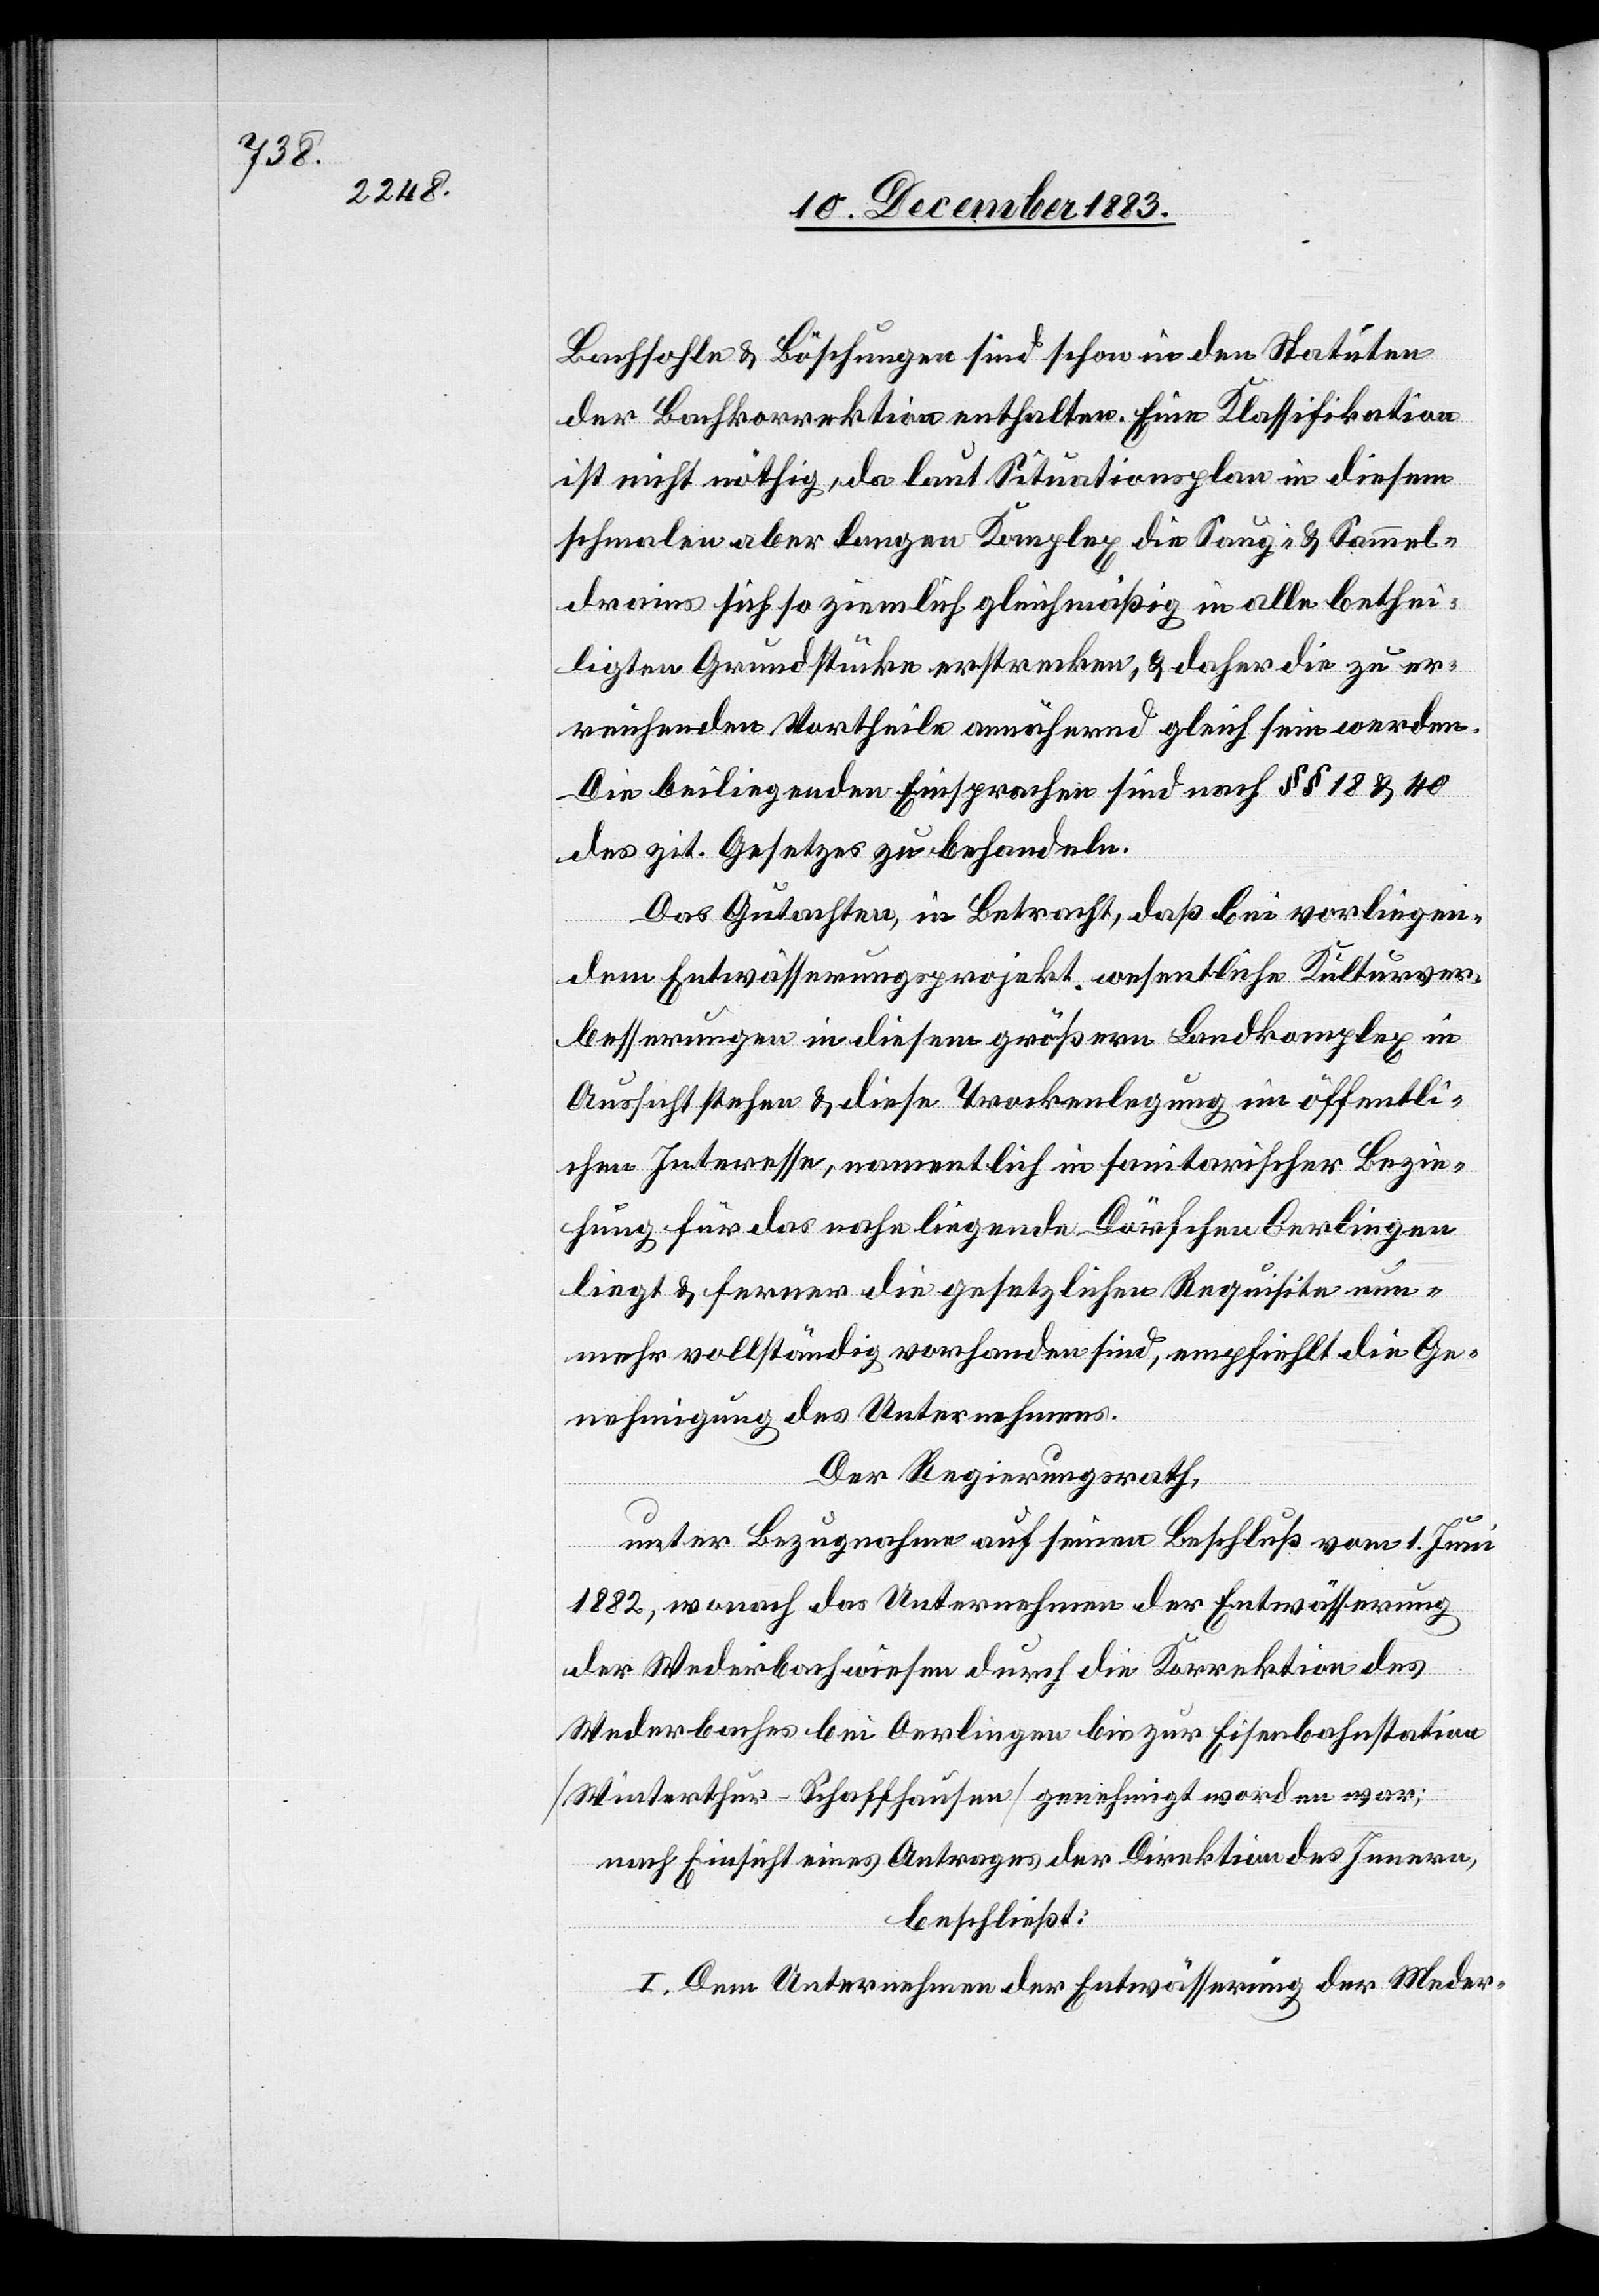
Bachsohle & Böschungen sind schon in den Statuten
der Bachkorrektion enthalten. Eine Klassifikation
ist nicht nöthig, da laut Situationsplan in diesem
schmalen aber langen Komplex die Sauf- & Sammel¬
drains sich so ziemlich gleichmäßig in alle bethei¬
ligten Grundstücke erstrecken, & daher die zu er¬
reichenden Vortheile annähernd gleich sein werden.
Die beiliegenden Einsprachen sind nach §§ 18 & 40
des zit. Gesetzes zu behandeln.
Das Gutachten, in Betracht, daß bei vorliegen¬
dem Entwässerungsprojekt wesentliche Kulturver¬
besserungen in diesem größern Landkomplex in
Aussicht stehen & diese Trockenlegung im öffentli¬
chen Interesse, namentlich in sanitarischer Bezie¬
hung für das nahe liegende Dörfchen Oerlingen
liegt & ferner die gesetzlichen Requisite nun¬
mehr vollständig vorhanden sind, empfiehlt die Ge¬
nehmigung des Unternehmens.
Der Regierungsrath,
unter Bezugnahme auf seinen Beschluß vom 1. Juni
1882, wonach das Unternehmen der Entwässerung
der Mederbachwiesen durch die Korrektion des
Mederbaches bei Oerlingen bis zur Eisenbahnstation
[Winterthur–Schaffhausen] genehmigt worden war;
nach Einsicht eines Antrages der Direktion des Innern,
beschließt:
I. Dem Unternehmen der Entwässerung der Meder-